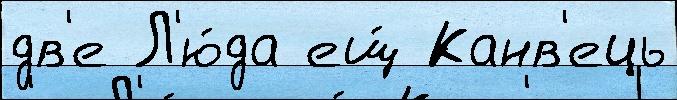
дв'е Л'ю́да ещ́ Канв'ець